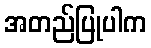
အတည်ပြုပါက